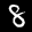
Label: 8